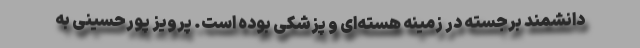
دانشمند برجسته در زمینه هسته‌ای و پزشکی بوده است. پرویز پورحسینی به